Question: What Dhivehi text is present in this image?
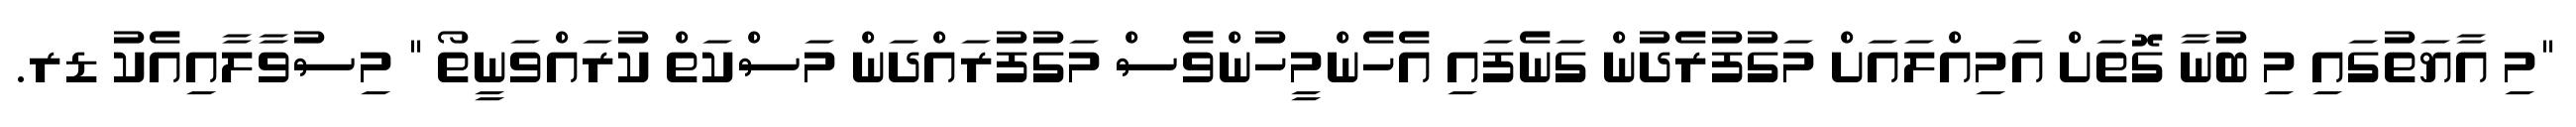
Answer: "މި އާޔަތުގައި މި ބުނާ ގޮތަށް އަމިއްލައަށް މަގުފުރެދުން ގަނެފައި އެހެންމީހުންވެސް މަގުފުރައްދަން މަސްކަތް ކުރައްވަނީތޯ " މިސުވާލާއިއެކު ޑރ.